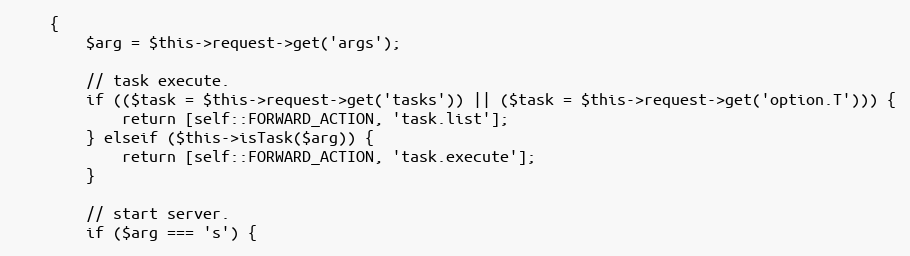
Language: PHP
    {
        $arg = $this->request->get('args');

        // task execute.
        if (($task = $this->request->get('tasks')) || ($task = $this->request->get('option.T'))) {
            return [self::FORWARD_ACTION, 'task.list'];
        } elseif ($this->isTask($arg)) {
            return [self::FORWARD_ACTION, 'task.execute'];
        }

        // start server.
        if ($arg === 's') {